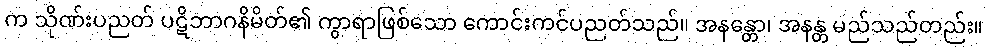
က သိုဏ်းပညတ် ပဋိဘာဂနိမိတ်၏ ကွာရာဖြစ်သော ကောင်းကင်ပညတ်သည်။ အနန္တော၊ အနန္တ မည်သည်တည်း။